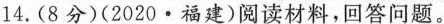
14.(8分)(2020·福建)阅读材料，回答问题。